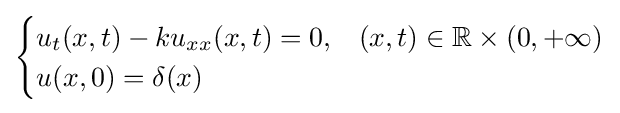
{\begin{cases}u_{t}(x,t)-ku_{xx}(x,t)=0,&(x,t)\in \mathbb {R} \times (0,+\infty )\\u(x,0)=\delta (x)\end{cases}}